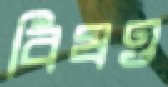
বিষও